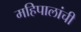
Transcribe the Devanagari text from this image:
महिपालांची